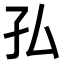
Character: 𭒸